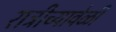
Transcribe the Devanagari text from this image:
रात्रीच्यावेळी